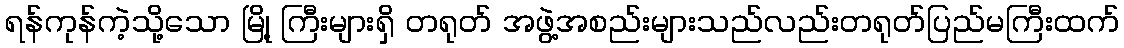
ရန်ကုန်ကဲ့သို့သော မြို့ ကြီးများရှိ တရုတ် အဖွဲ့အစည်းများသည်လည်းတရုတ်ပြည်မကြီးထက်